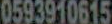
0593910615